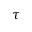
\tau